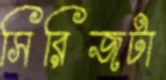
সিরিজটা